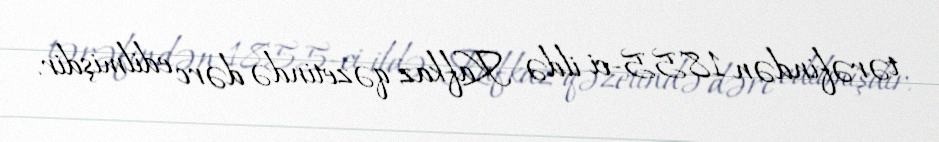
tərəfindən 1855-ci ildə Kafkaz qəzetində dərc edilmişdir.